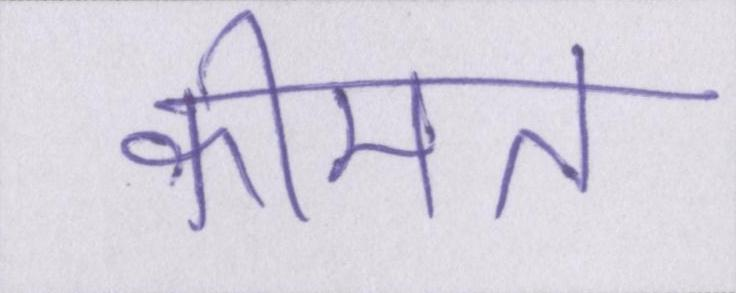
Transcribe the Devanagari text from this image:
कीमत